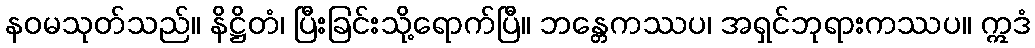
နဝမသုတ်သည်။ နိဋ္ဌိတံ၊ ပြီးခြင်းသို့ရောက်ပြီ။ ဘန္တေကဿပ၊ အရှင်ဘုရားကဿပ။ ဣဒံ